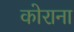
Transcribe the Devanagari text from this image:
कोराना